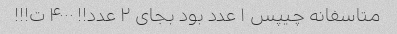
متاسفانه چیپس ۱ عدد بود بجای ۲ عدد!! ۴۰۰۰ ت!!!